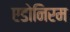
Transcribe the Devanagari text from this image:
एडोनिरम